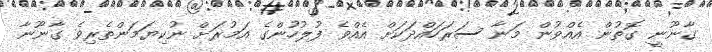
ގާނޫނީ ގޮތުން އެއްވުން މަނާ ސަރަހައްދަކަށް އެއްވެ ފުލުހުންގެ އަމުރަށް ނުކިޔަމަންތެރިވެ ގާނޫނާ